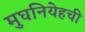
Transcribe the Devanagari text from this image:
मुघनियेहची